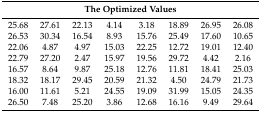
| <COLSPAN=8> The Optimized Values |
 | --- | --- | --- | --- | --- | --- | --- | --- |
 | 25.68 | 27.61 | 22.13 | 4.14 | 3.18 | 18.89 | 26.95 | 26.08 |
 | 26.53 | 30.34 | 16.54 | 8.93 | 15.76 | 25.49 | 17.60 | 10.65 |
 | 22.06 | 4.87 | 4.97 | 15.03 | 22.25 | 12.72 | 19.01 | 12.40 |
 | 22.79 | 27.20 | 2.47 | 15.97 | 19.56 | 29.72 | 4.42 | 2.16 |
 | 16.57 | 8.64 | 9.87 | 25.18 | 12.76 | 11.81 | 18.41 | 25.03 |
 | 18.32 | 18.17 | 29.45 | 20.59 | 21.32 | 4.50 | 24.79 | 21.73 |
 | 16.00 | 11.61 | 5.21 | 24.55 | 19.09 | 31.99 | 15.05 | 24.35 |
 | 26.50 | 7.48 | 25.20 | 3.86 | 12.68 | 16.16 | 9.49 | 29.64 |